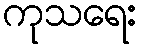
ကုသရေး